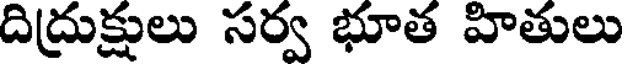
దిద్రుక్షులు సర్వ భూత హితులు